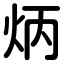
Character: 炳